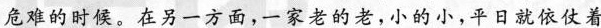
危难的时候。在另一方面，一家老的老，小的小，平日就依仗着